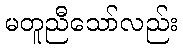
မတူညီသော်လည်း